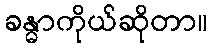
ခန္ဓာကိုယ်ဆိုတာ။